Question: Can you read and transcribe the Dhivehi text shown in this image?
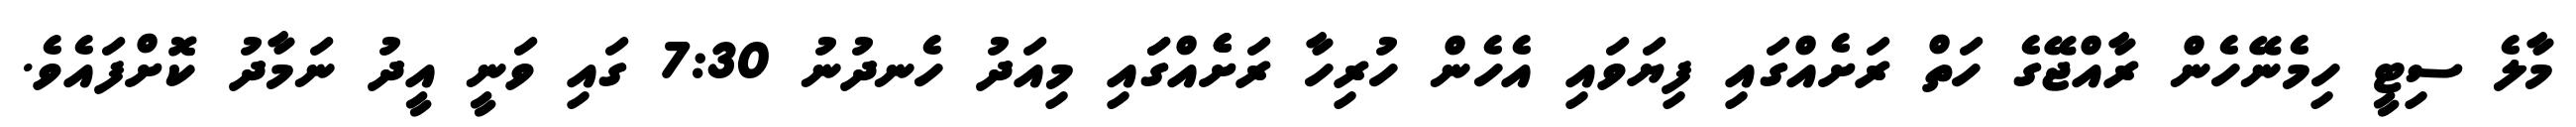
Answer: މާލެ ސިޓީ ހިމެނޭހެން ރާއްޖޭގެ ހަތް ރަށެއްގައި ފިޔަވައި އެހެން ހުރިހާ ރަށެެއްގަައި މިއަދު ހެނދުނު 7:30 ގައި ވަނީ އީދު ނަމާދު ކޮށްފައެވެ.